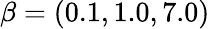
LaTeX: \beta=(0.1,1.0,7.0)